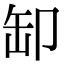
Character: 缷